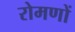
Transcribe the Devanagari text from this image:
रोमणों